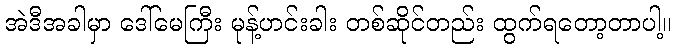
အဲဒီအခါမှာ ဒေါ်မေကြီး မုန့်ဟင်းခါး တစ်ဆိုင်တည်း ထွက်ရတော့တာပါ့။